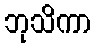
ဘုသိကာ